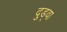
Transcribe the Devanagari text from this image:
दुड्वा